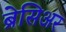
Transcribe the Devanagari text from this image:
ब्रेसिअर